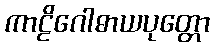
ကာဠိဂေါဓာယပုတ္တော